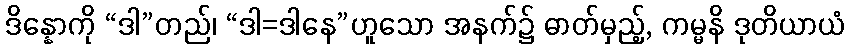
ဒိန္နောကို “ဒါ”တည်၊ “ဒါ=ဒါနေ”ဟူသော အနက်၌ ဓာတ်မှည့်, ကမ္မနိ ဒုတိယာယံ